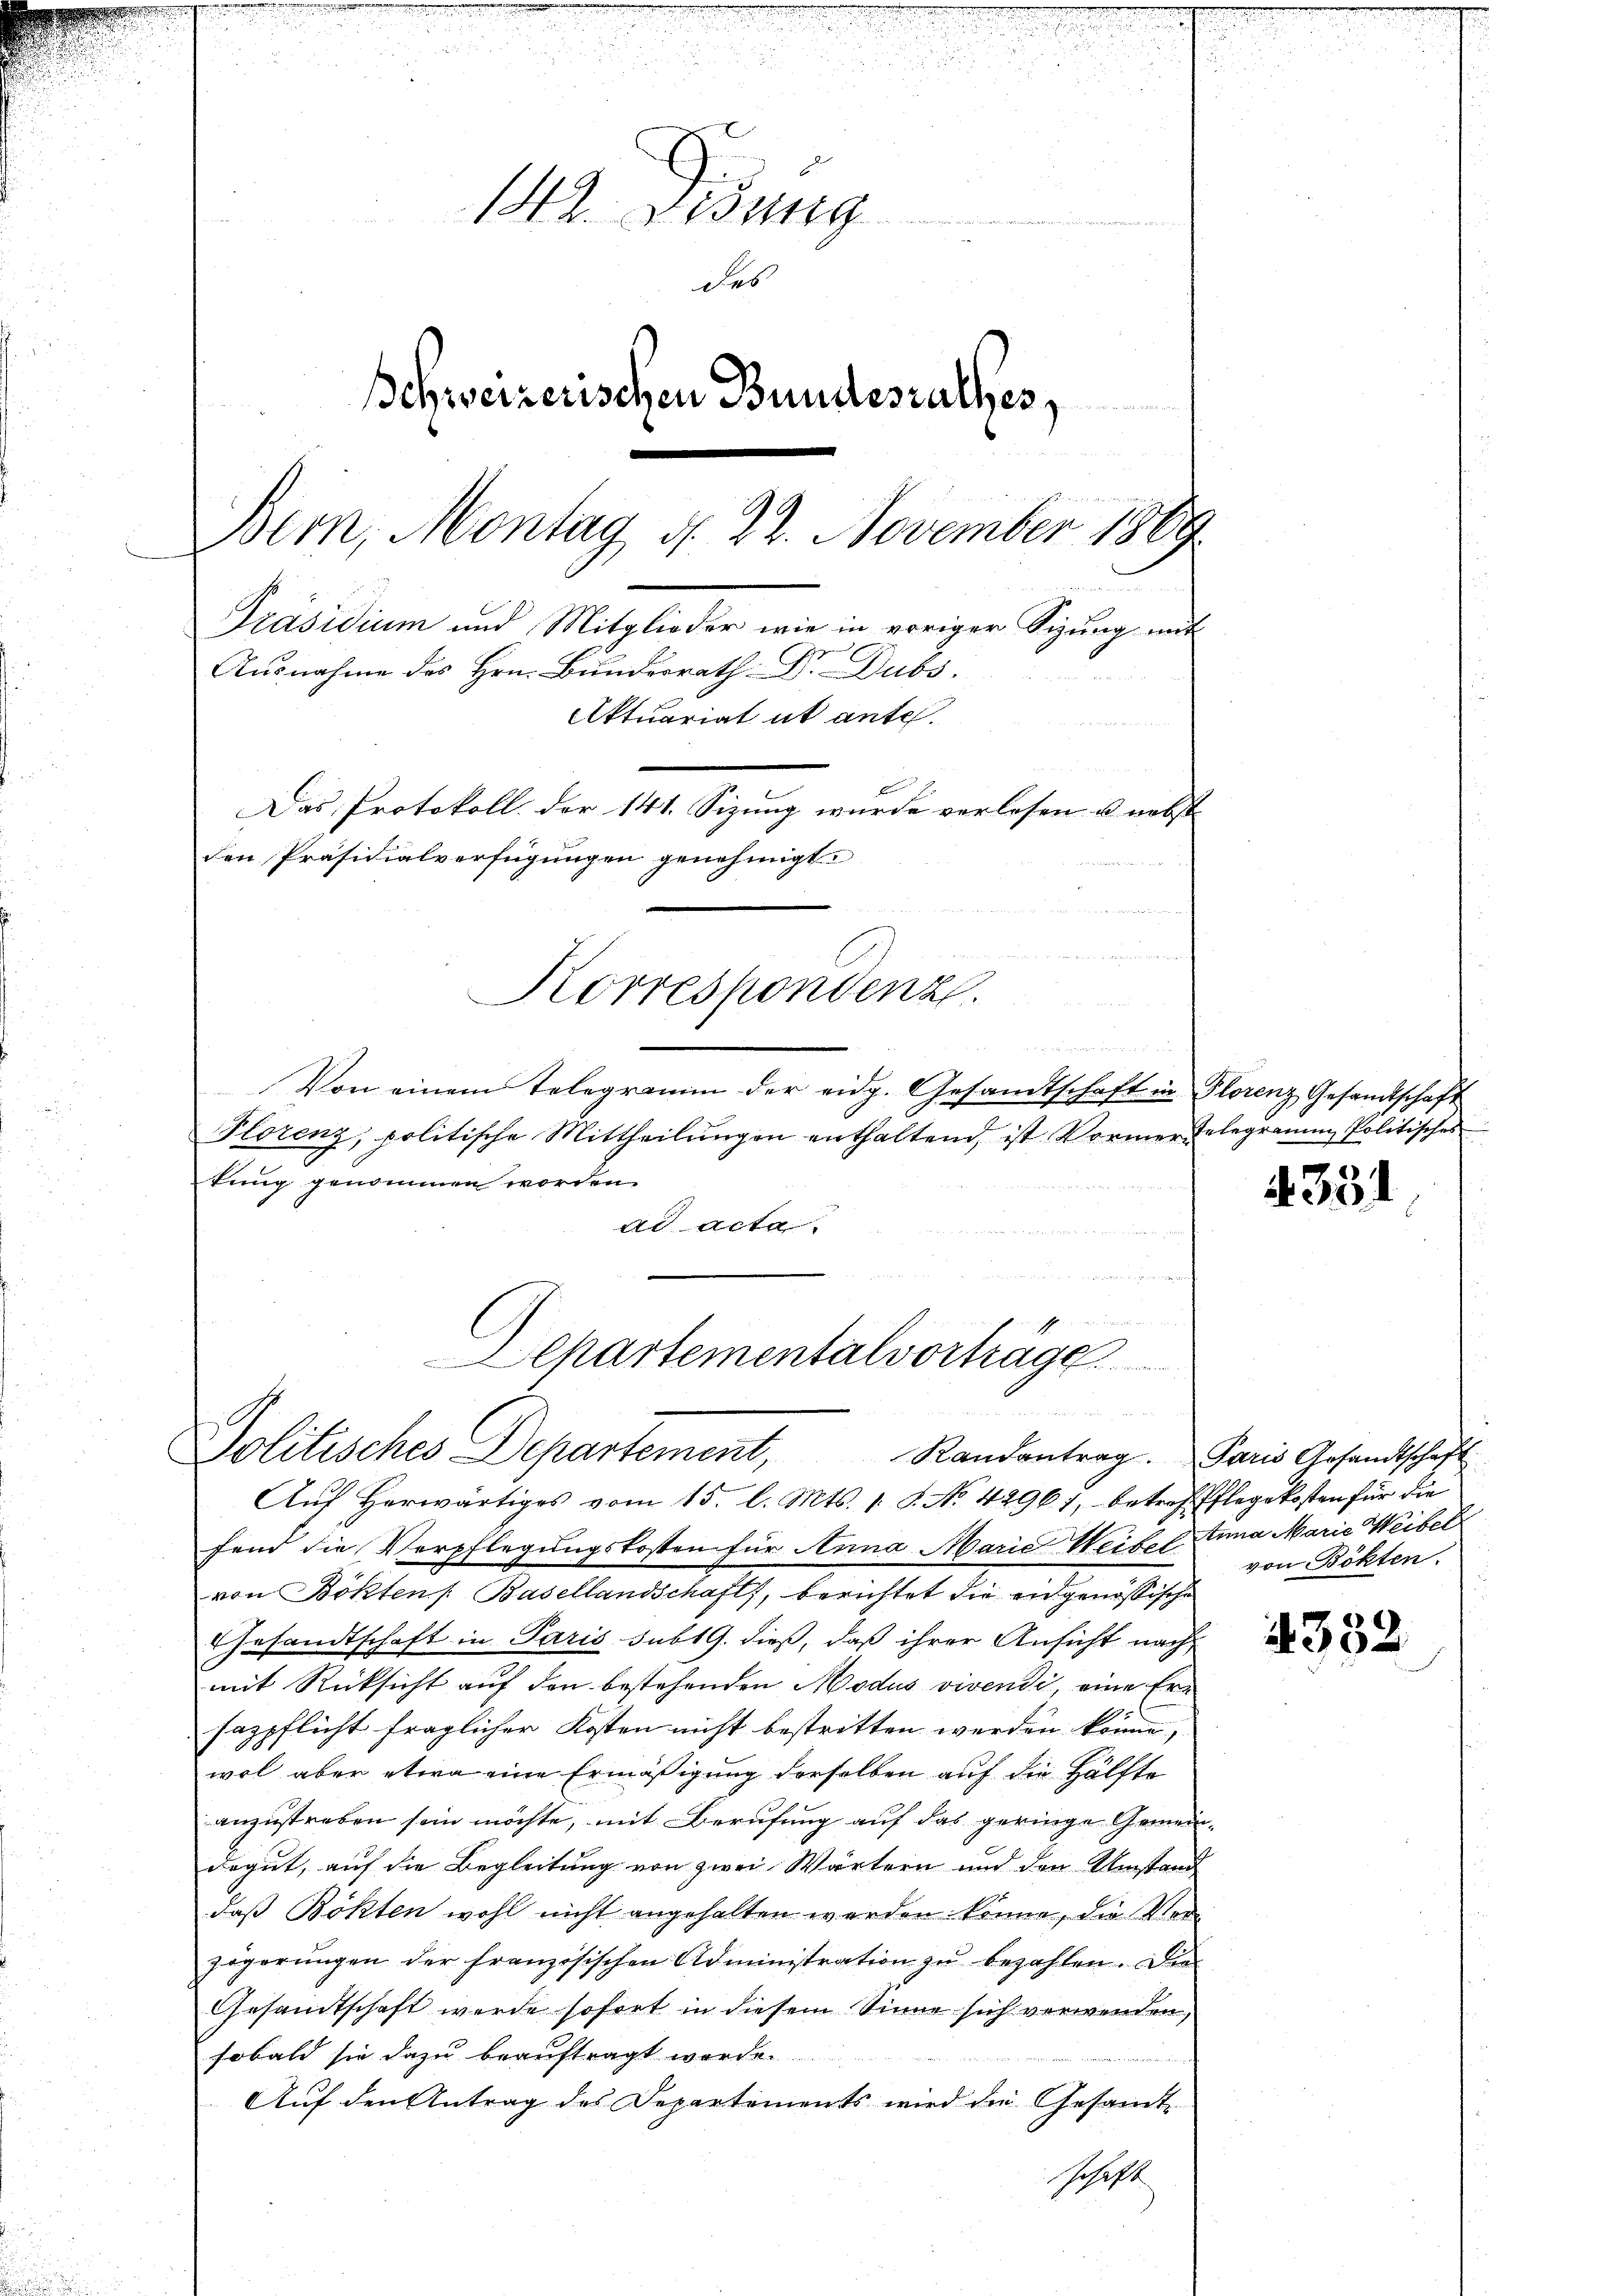
142. Disung
des
Schweizerischen Bundesrathes,
Bern, Montag d. 22. November 1869
Präsidium und Mitglieder wie in voriger Sizung mit
Ausnahme des Hrn. Bundesrath Dr. Dubs.
1
Aktuariat it ante

Das Protokoll der 141. Sizung wurde verlesen u. nebst
den Präsidialverfügungen genehmigt.

Korrespondenz.

n
Von einem Telegramm der eidg. Gesandtschaft in Florenz Gesandtschaft
Florenz, politische Mittheilŭngen enthaltend, ist Vormergelegramm Politisches
tung genommen worden.
ad acta.
u
Ihr den

Separtementalvortrage.
Politisches Departement, Randantrag. Paris Gesandtschaft

Auf Herwärtiges vom 15. l. Mts. 1 S. No. 4296), betref Pflegekosten für die
fend die Verpflegungskosten für Anna Marie Weibel Anna Marie Weibel
von Bökten /: Basellandschaft, berichtet die eidgenössische
Gesandtschaft in Paris subt G. dieß, daß ihrer Ansicht nach
mit Rücksicht auf den bestehenden Modus vivendi, eine Er¬
.
sazpflicht fraglicher Kosten nicht bestritten werden könne,
wol aber etwa eine Ermäßigung derselben auf die Hälfte
anzustreben sein möchte, mit Berufung auf das geringe Gemein-
Begut, auf die Begleitung von zwei Wärtern und den Umstand
daß Bökten wohl nicht angehalten werden könne, die Verzögerungen der französischen Administration zu bezahlen. Die
Gesandtschaft werde sofort in diesem Sinne sich verwenden,
sobald sie dazu beauftragt worden.

Auf den Antrag des Departements wird die Gesamt-
schaft

4331

von Bökten.

4332